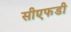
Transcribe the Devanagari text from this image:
सीएफडी